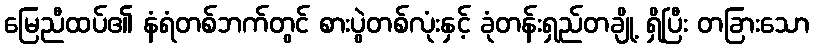
မြေညီထပ်၏ နံရံတစ်ဘက်တွင် စားပွဲတစ်လုံးနှင့် ခုံတန်းရှည်တချို့ ရှိပြီး တခြားသော